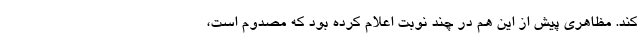
کند. مظاهری پیش از این هم در چند نوبت اعلام کرده بود که مصدوم است،